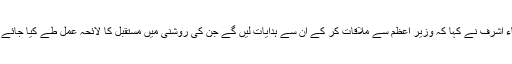
ذکاء اشرف نے کہا کہ وزیر اعظم سے ملاقات کر کے ان سے ہدایات لیں گے جن کی روشنی میں مستقبل کا لائحہ عمل طے کیا جائے گا۔